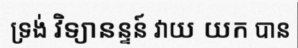
ទ្រង់ វិទ្យានន្ទន៍ វាយ យក បាន